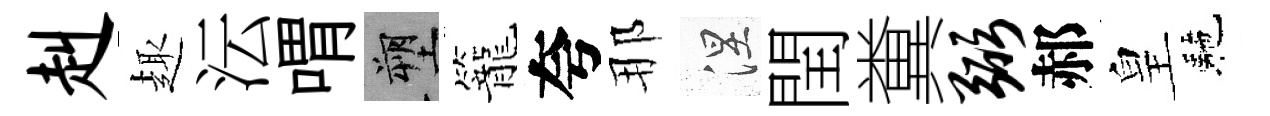
赳趣沄喟塑籠夸那涅閏糞弼郝皇駰